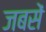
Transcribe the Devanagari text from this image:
जबसें